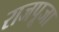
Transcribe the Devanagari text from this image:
राजपूजा